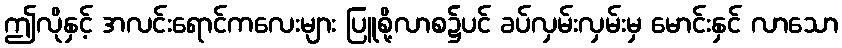
ဤလိုနှင့် အလင်းရောင်ကလေးများ ပြူစို့လာစ၌ပင် ခပ်လှမ်းလှမ်းမှ မောင်းနှင် လာသော